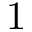
1